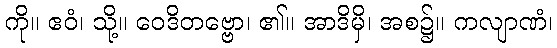
ကို။ ဧဝံ၊ သို့။ ဝေဒိတဗ္ဗော၊ ၏။ အာဒိမှိ၊ အစ၌။ ကလျာဏံ၊